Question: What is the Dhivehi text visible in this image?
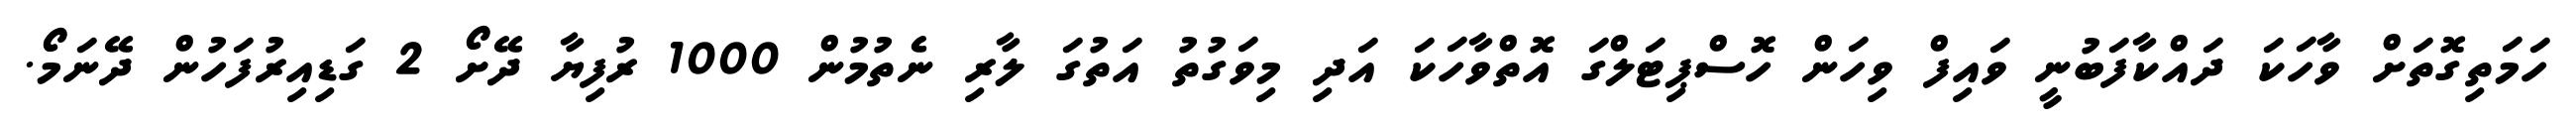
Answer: ހަމަތިގޮތަށް ވާހަކަ ދައްކާފަބުނީ ވައިފް ވިހަން ހޮސްޕިޓަލްގަ އޮތްވާހަކަ އަދި މިވަގުތު އަތުގަ ލާރި ނެތުމުން 1000 ރުފިޔާ ދޭށޯ 2 ގަޑިއިރުފަހުން ދޭނަމޯ.